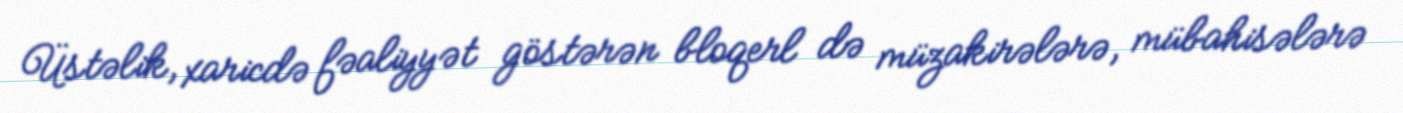
Üstəlik, xaricdə fəaliyyət göstərən bloqerl də müzakirələrə, mübahisələrə